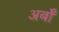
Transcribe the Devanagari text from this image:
अर्बों